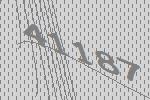
41187